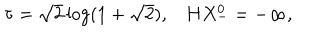
\tau = \sqrt { 2 } \log ( 1 + \sqrt { 2 } ) , H X _ { - } ^ { 0 } = - \infty ,